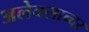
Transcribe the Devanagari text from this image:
अलेक्सान्दर